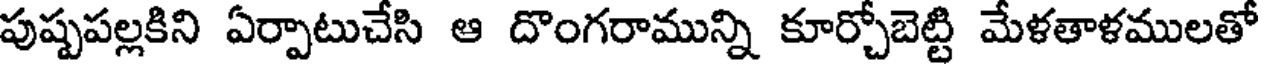
పుష్పపల్లకిని ఏర్పాటుచేసి ఆ దొంగరామున్ని కూర్చోబెట్టి మేళతాళములతో